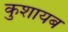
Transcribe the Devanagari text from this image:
कुशायब